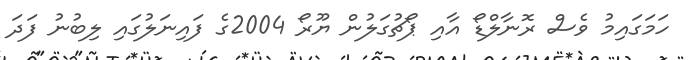
ހަމަގައިމު ވެސް ރޮނާލްޑޯ އާއި ޕޯޗުގަލުން ޔޫރޯ 2004ގެ ފައިނަލުގައި ލިބުނު ފަދަ